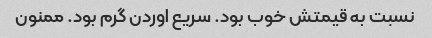
نسبت به قیمتش خوب بود. سریع اوردن گرم بود. ممنون